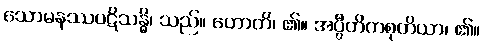
သောမနဿပဋိသန္ဓိ၊ သည်။ ဟောတိ၊ ၏။ အပ္ပီတိကစုတိယာ၊ ၏။